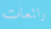
رائعات